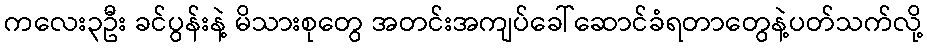
ကလေး၃ဦး ခင်ပွန်းနဲ့ မိသားစုတွေ အတင်းအကျပ်ခေါ်ဆောင်ခံရတာတွေနဲ့ပတ်သက်လို့